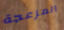
المزعجة